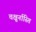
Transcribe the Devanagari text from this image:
चक्षुर्नास्ति